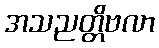
အသညတ္တိဗလာ